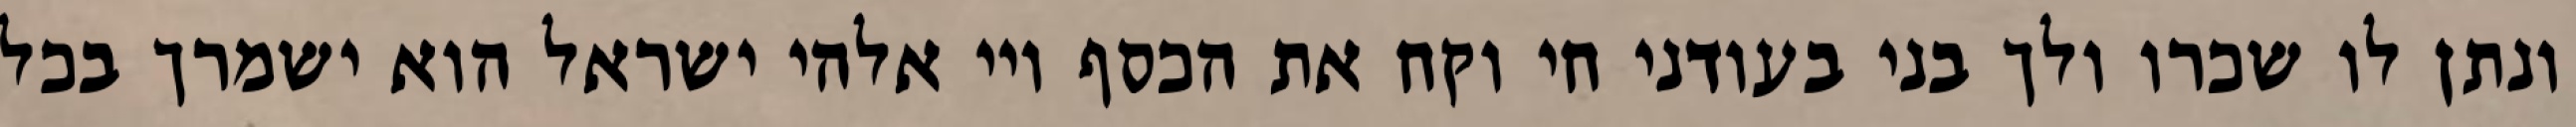
ונתן לו שכרו ולך בני בעודני חי וקח את הכסף ויי אלהי ישראל הוא ישמרך בכל